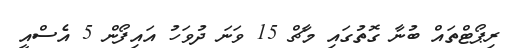
ރިޕޯޓްތައް ބުނާ ގޮތުގައި މާޗް 15 ވަނަ ދުވަހު އައިފޯން 5 އެސްއީ